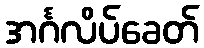
အင်္ဂလိပ်ခေတ်